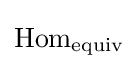
\operatorname {Hom} _{\text{equiv}}